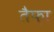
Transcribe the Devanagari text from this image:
तैफ़ा